Proceedings of the meeting of veterinary officers in India
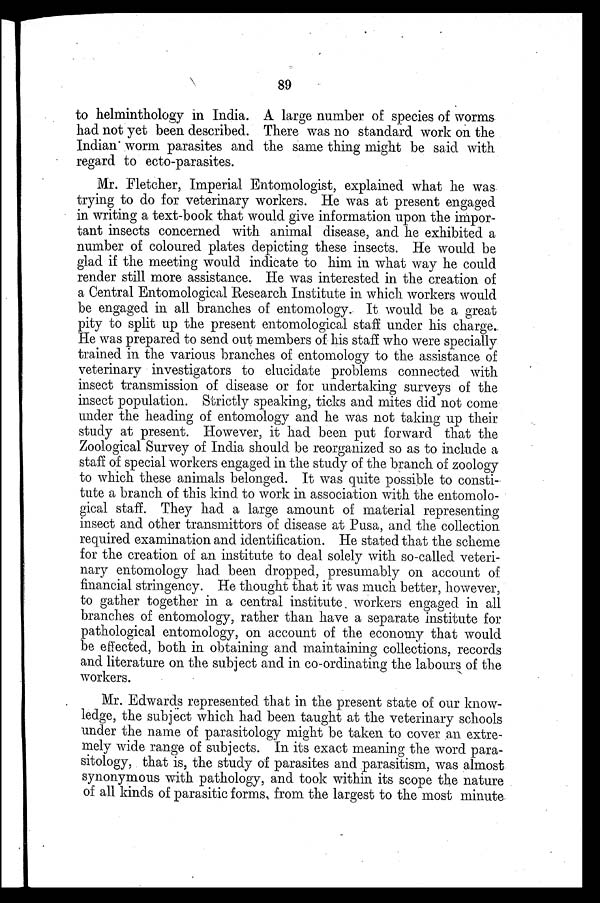
89
to helminthology in India. A large number of species of worms
had not yet been described. There was no standard work on the
Indian worm parasites and the same thing might be said with
regard to ecto-parasites.
Mr. Fletcher, Imperial Entomologist, explained what he was
trying to do for veterinary workers. He was at present engaged
in writing a text-book that would give information upon the impor-
tant insects concerned with animal disease, and he exhibited a
number of coloured plates depicting these insects. He would be
glad if the meeting would indicate to him in what way he could
render still more assistance. He was interested in the creation of
a Central Entomological Research Institute in which workers would
be engaged in all branches of entomology. It would be a great
pity to split up the present entomological staff under his charge.
He was prepared to send out members of his staff who were specially
trained in the various branches of entomology to the assistance of
veterinary investigators to elucidate problems connected with
insect transmission of disease or for undertaking surveys of the
insect population. Strictly speaking, ticks and mites did not come
under the heading of entomology and he was not taking up their
study at present. However, it had been put forward that the
Zoological Survey of India should be reorganized so as to include a
staff of special workers engaged in the study of the branch of zoology
to which these animals belonged. It was quite possible to consti-
tute a branch of this kind to work in association with the entomolo-
gical staff. They had a large amount of material representing
insect and other transmittors of disease at Pusa, and the collection
required examination and identification. He stated that the scheme
for the creation of an institute to deal solely with so-called veteri-
nary entomology had been dropped, presumably on account of
financial stringency. He thought that it was much better, however,
to gather together in a central institute workers engaged in all
branches of entomology, rather than have a separate institute for
pathological entomology, on account of the economy that would
be effected, both in obtaining and maintaining collections, records
and literature on the subject and in co-ordinating the labours of the
workers.
Mr. Edwards represented that in the present state of our know-
ledge, the subject which had been taught at the veterinary schools
under the name of parasitology might be taken to cover an extre-
mely wide range of subjects. In its exact meaning the word para-
sitology, that is, the study of parasites and parasitism, was almost
synonymous with pathology, and took within its scope the nature
of all kinds of parasitic forms, from the largest to the most minute